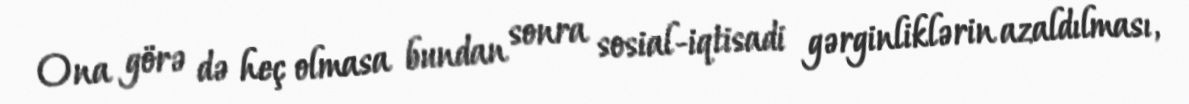
Ona görə də heç olmasa bundan sonra sosial-iqtisadi gərginliklərin azaldılması,